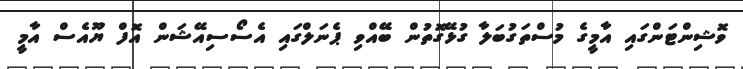
ވޮޝިންޓަންގައި އާމީގެ މުސްތަގުބަލާ ގުޅޭގޮތުން ބޭއްވި ޕެނަލްގައި އެސޯސިއޭޝަން އޮފް ޔޫއެސް އާމީ